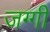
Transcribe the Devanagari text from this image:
जग्‍गी